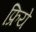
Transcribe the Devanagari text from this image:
फ्रिये